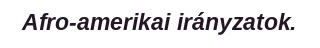
Afro-amerikai irányzatok.